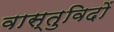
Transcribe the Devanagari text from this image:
वास्‍तुविदों